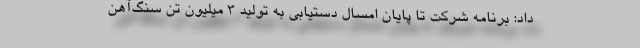
داد: برنامه شرکت تا پایان امسال دستیابی به تولید ۳ میلیون تن سنگ‌آهن